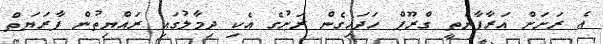
އެ ރަށަށް އަރާފާނެތީ ގްރޫޕް ހަދައިގެން ރަށުގެ އެކި ދިމާލުގައި ރައްޔިތުން ފާރަޔަތް